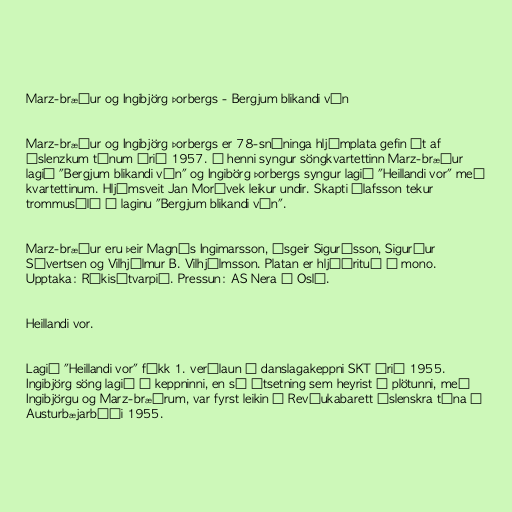
Marz-bræður og Ingibjörg Þorbergs - Bergjum blikandi vín

Marz-bræður og Ingibjörg Þorbergs er 78-snúninga hljómplata gefin út af
Íslenzkum tónum árið 1957. Á henni syngur söngkvartettinn Marz-bræður
lagið "Bergjum blikandi vín" og Ingibörg Þorbergs syngur lagið "Heillandi vor" með
kvartettinum. Hljómsveit Jan Morávek leikur undir. Skapti Ólafsson tekur
trommusóló í laginu "Bergjum blikandi vín".

Marz-bræður eru þeir Magnús Ingimarsson, Ásgeir Sigurðsson, Sigurður
Sívertsen og Vilhjálmur B. Vilhjálmsson. Platan er hljóðrituð í mono.
Upptaka: Ríkisútvarpið. Pressun: AS Nera í Osló.

Heillandi vor.

Lagið "Heillandi vor" fékk 1. verðlaun í danslagakeppni SKT árið 1955.
Ingibjörg söng lagið í keppninni, en sú útsetning sem heyrist á plötunni, með
Ingibjörgu og Marz-bræðrum, var fyrst leikin í Revíukabarett Íslenskra tóna á
Austurbæjarbíói 1955.